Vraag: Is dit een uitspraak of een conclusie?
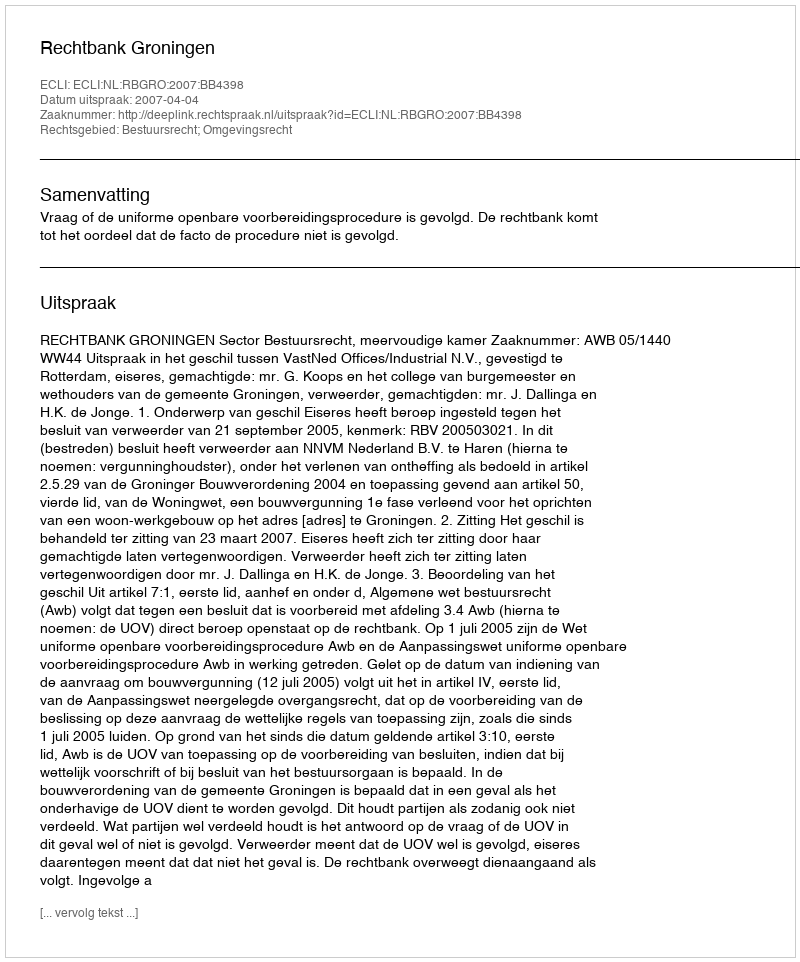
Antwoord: Uitspraak